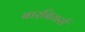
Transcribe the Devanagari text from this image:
बारबियर्स